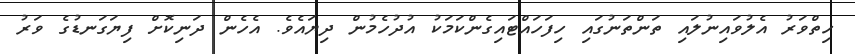
ހިތްވަރު އެލުވައިނުލައި ތަންތަނުގައި ހިފަހައްޓައިގެންކަމަކު އުދުހެމުން ދިޔައެވެ. އެހެން ދަނިކޮށް ފިޔަގަނޑުގެ ވަރު